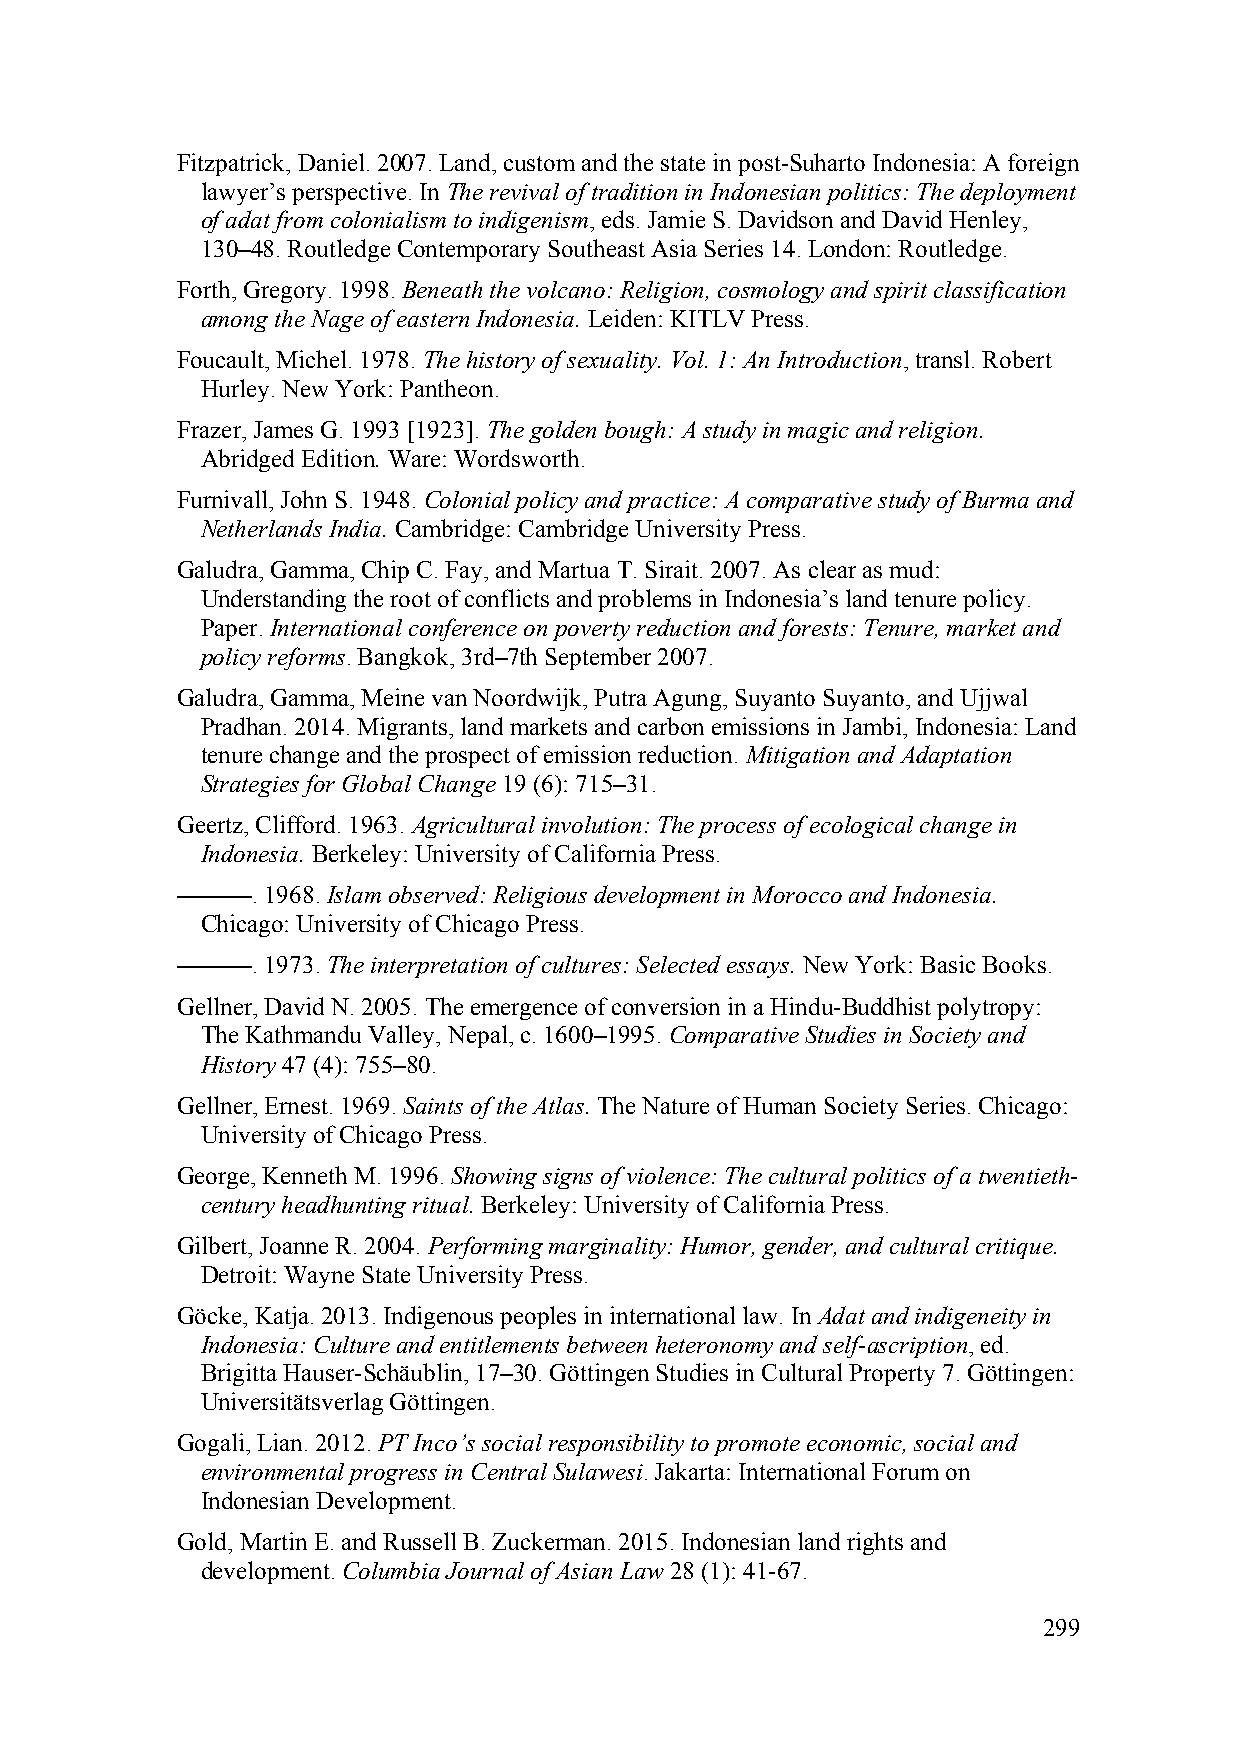
Fitzpatrick, Daniel. 2007. Land, custom and the state in post-Suharto Indonesia: A foreign
 lawyer’s perspective. In The revival of tradition in Indonesian politics: The deployment
 of adat from colonialism to indigenism, eds. Jamie S. Davidson and David Henley,
 130–48. Routledge Contemporary Southeast Asia Series 14. London: Routledge.
 Forth, Gregory. 1998. Beneath the volcano: Religion, cosmology and spirit classification
 among the Nage of eastern Indonesia. Leiden: KITLV Press.
 Foucault, Michel. 1978. The history of sexuality. Vol. 1: An Introduction, transl. Robert
 Hurley. New York: Pantheon.
 Frazer, James G. 1993 [1923]. The golden bough: A study in magic and religion.
 Abridged Edition. Ware: Wordsworth.
 Furnivall, John S. 1948. Colonial policy and practice: A comparative study of Burma and
 Netherlands India. Cambridge: Cambridge University Press.
 Galudra, Gamma, Chip C. Fay, and Martua T. Sirait. 2007. As clear as mud:
 Understanding the root of conflicts and problems in Indonesia’s land tenure policy.
 Paper. International conference on poverty reduction and forests: Tenure, market and
 policy reforms. Bangkok, 3rd–7th September 2007.
 Galudra, Gamma, Meine van Noordwijk, Putra Agung, Suyanto Suyanto, and Ujjwal
 Pradhan. 2014. Migrants, land markets and carbon emissions in Jambi, Indonesia: Land
 tenure change and the prospect of emission reduction. Mitigation and Adaptation
 Strategies for Global Change 19 (6): 715–31.
 Geertz, Clifford. 1963. Agricultural involution: The process of ecological change in
 Indonesia. Berkeley: University of California Press.
 ———.  1968. Islam observed: Religious development in Morocco and Indonesia.
 Chicago: University of Chicago Press.
 ———.  1973. The interpretation of cultures: Selected essays. New York: Basic Books.
 Gellner, David N. 2005. The emergence of conversion in a Hindu-Buddhist polytropy:
 The Kathmandu Valley, Nepal, c. 1600–1995. Comparative Studies in Society and
 History 47 (4): 755–80.
 Gellner, Ernest. 1969. Saints of the Atlas. The Nature of Human Society Series. Chicago:
 University of Chicago Press.
 George, Kenneth M. 1996. Showing signs of violence: The cultural politics of a twentieth-
 century headhunting ritual. Berkeley: University of California Press.
 Gilbert, Joanne R. 2004. Performing marginality: Humor, gender, and cultural critique.
 Detroit: Wayne State University Press.
 Göcke, Katja. 2013. Indigenous peoples in international law. In Adat and indigeneity in
 Indonesia: Culture and entitlements between heteronomy and self-ascription, ed.
 Brigitta Hauser-Schäublin, 17–30. Göttingen Studies in Cultural Property 7. Göttingen:
 Universitätsverlag Göttingen.
 Gogali, Lian. 2012. PT Inco’s social responsibility to promote economic, social and
 environmental progress in Central Sulawesi. Jakarta: International Forum on
 Indonesian Development.
 Gold, Martin E. and Russell B. Zuckerman. 2015. Indonesian land rights and
 development. Columbia Journal of Asian Law 28 (1): 41-67.
 299